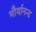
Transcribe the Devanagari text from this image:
मौर्यानन्द